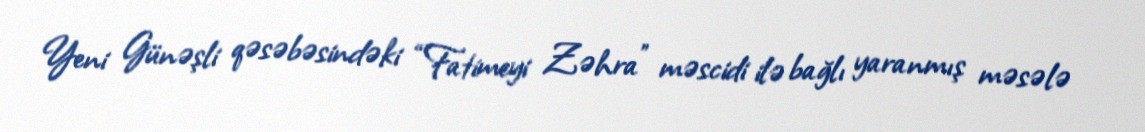
Yeni Günəşli qəsəbəsindəki “Fatimeyi Zəhra” məscidi ilə bağlı yaranmış məsələ